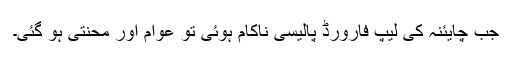
جب چایئنہ کی لیپ فارورڈ پالیسی ناکام ہوئی تو عوام اور محنتی ہو گئی۔